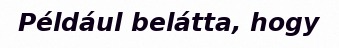
Például belátta, hogy